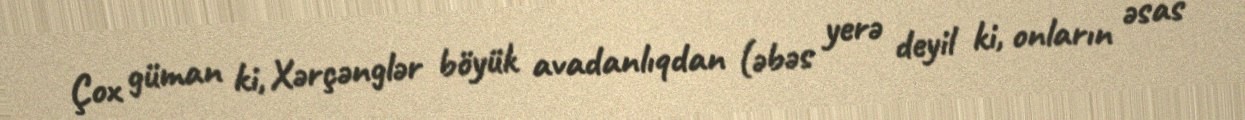
Çox güman ki, Xərçənglər böyük avadanlıqdan (əbəs yerə deyil ki, onların əsas